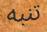
تنبه